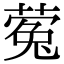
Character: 蒬